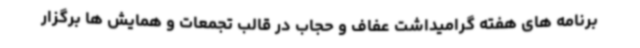
برنامه های هفته گرامیداشت عفاف و حجاب در قالب تجمعات و همایش ها برگزار